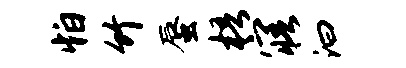
怕竹蜃梧寤汩